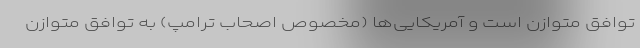
توافق متوازن است و آمریکایی‌ها (مخصوص اصحاب ترامپ) به توافق متوازن